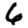
Digit: 6